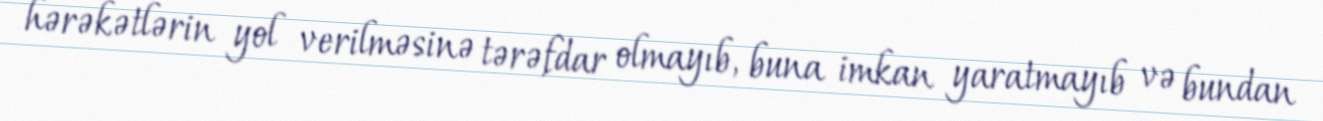
hərəkətlərin yol verilməsinə tərəfdar olmayıb, buna imkan yaratmayıb və bundan